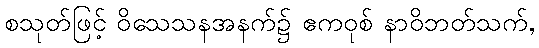
စသုတ်ဖြင့် ဝိသေသနအနက်၌ ဧကဝုစ် နာဝိဘတ်သက်,